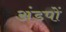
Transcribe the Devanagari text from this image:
अंडपों